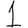
Digit: 1